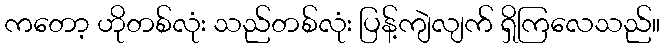
ကတော့ ဟိုတစ်လုံး သည်တစ်လုံး ပြန့်ကျဲလျက် ရှိကြလေသည်။